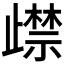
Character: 𭭵